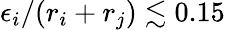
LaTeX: \epsilon_{i}/(r_{i}+r_{j})\lesssim 0.15